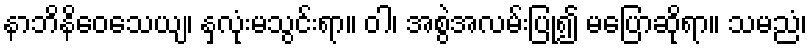
နာဘိနိဝေသေယျ၊ နှလုံးမသွင်းရာ။ ဝါ၊ အစွဲအလမ်းပြု၍ မပြောဆိုရာ။ သမညံ၊